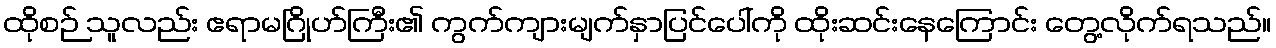
ထိုစဉ် သူလည်း ဧရာမဂြိုဟ်ကြီး၏ ကွက်ကျားမျက်နှာပြင်ပေါ်ကို ထိုးဆင်းနေကြောင်း တွေ့လိုက်ရသည်။